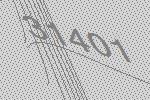
31401